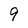
Character: 9